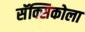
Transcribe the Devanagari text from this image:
सॅक्सिकोला